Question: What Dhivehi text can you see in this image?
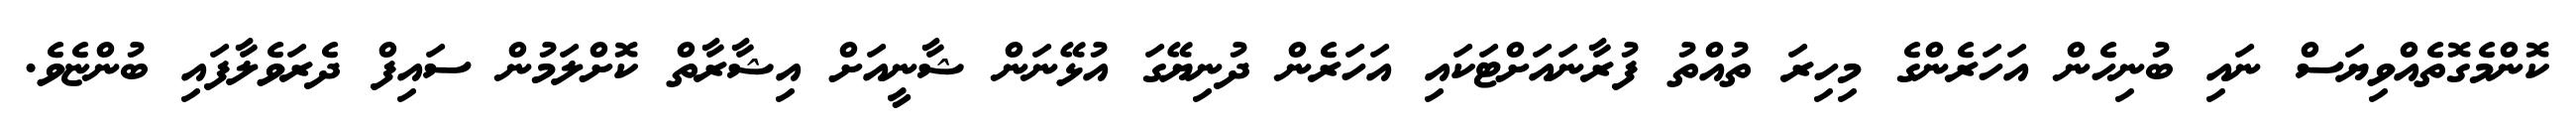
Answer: ކޮންމެގޮތެއްވިޔަސް ނައި ބުނިހެން އަހަރެންގެ މިހިރަ ތުއްތު ފުރާނައަށްޓަކައި އަހަރެން ދުނިޔޭގަ އުޅޭނަން ޝާނީއަށް އިޝާރާތް ކޮށްލަމުން ސައިފް ދެރަވެލާފައި ބުންޏެވެ.